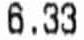
6.33